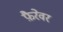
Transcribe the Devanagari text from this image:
फ़ैरेवर